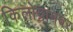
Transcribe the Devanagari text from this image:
किलोग्रामवर